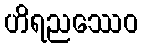
ဟိရညဿေဝ